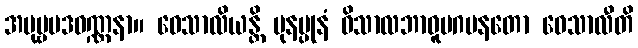
အပုဗ္ဗပဒဝဏ္ဏနာ။ ဝေသာလိယန္တိ ပုနပ္ပုနံ ဝိသာလဘာဝူပဂမနတော ဝေသာလီတိ